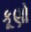
કૂણો